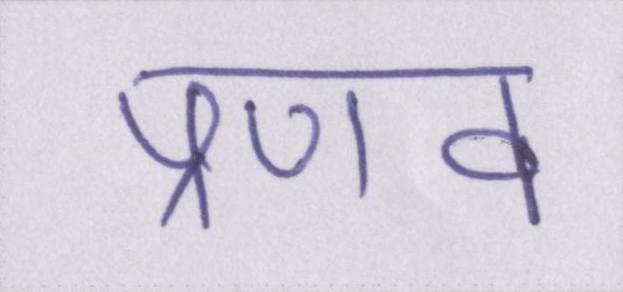
प्रणव